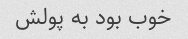
خوب بود به پولش